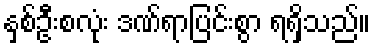
နှစ်ဦးစလုံး ဒဏ်ရာပြင်းစွာ ရရှိသည်။